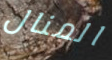
المنال